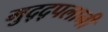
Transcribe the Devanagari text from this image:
मुद्द्पलानी